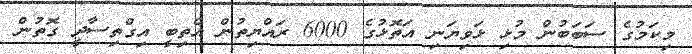
މިކަމުގެ ސަބަބުން މުޅި ޅަވިޔަނި އަތޮޅުގެ 6000 ރައްޔިތުން އެތިބީ އިގްތިސާދީ ގޮތުން